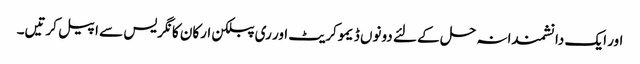
اور ایک دانشمندانہ حل کے لئے دونوں ڈیموکریٹ اور ری پبلکن ارکان کانگریس سے اپیل کرتیں۔